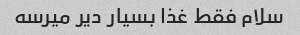
سلام فقط غذا بسیار دیر میرسه